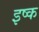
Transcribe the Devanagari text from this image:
इष्क